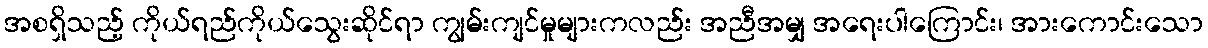
အစရှိသည့် ကိုယ်ရည်ကိုယ်သွေးဆိုင်ရာ ကျွမ်းကျင်မှုများကလည်း အညီအမျှ အရေးပါကြောင်း၊ အားကောင်းသော